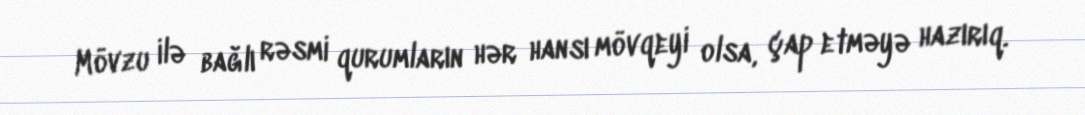
Mövzu ilə bağlı rəsmi qurumların hər hansı mövqeyi olsa, çap etməyə hazırıq.